system: You are a helpful assistant.
user:
Analyze the provided spectrum to determine if it is a **Carbon Star (C-type)**.

- **Key Visual Indicators of Carbon Star:**
    - **(Primary):** Strong molecular absorption from **C₂ (diatomic carbon) "Swan Bands."** This is the **defining feature** of a carbon star.
        - **(Key Bandheads):** Sharp absorption edges are visible at approximately $5635$ Å, $5165$ Å (the strongest band), and $4737$ Å.
        - **(Line Profile):** Creates a distinct **"saw-tooth"** pattern. The key morphology is a sharp, steep bandhead on the **red (long-wavelength) side**, which then gradually tapers off (i.e., flux recovers) towards the **blue (short-wavelength) side**. *(This is the direct opposite of the TiO bands seen in M-type stars)*.

    - **(Secondary):** Intense **CN (cyanogen)** molecular absorption bands.
        - **(Key Bandheads):** Located in the blue and violet regions of the spectrum (e.g., near $4215$ Å and $3883$ Å).
        - **(Morphology):** These bands are extremely broad and act as a "blanket," absorbing the vast majority of blue and violet light. This creates a characteristic **"cliff"** or **"steep drop-off"** in the spectrum's flux at short wavelengths.

    - **(Key Confirmation):** Strong **CH absorption band (G-band)**.
        - **(Key Bandhead):** Located around $4300$ Å. The contribution from CH molecules to this band is exceptionally strong.

    - **(Overall Spectrum):**
        - The continuum is severely "chopped up" by these deep molecular bands, especially C₂, rather than appearing as a smooth curve.
        - Due to the heavy CN and C₂ absorption in the blue-green, the vast majority of the star's flux is concentrated in the red part of the spectrum, giving the star its characteristic deep red color.

Think first, call **spectral_visualization_tool** if needed to examine features in detail, then provide your final answer. Your response must adhere to the following strict rules:
1.  **Overall Structure:** Your response must follow the format `<think>...</think> <tool_call>...</tool_call> (if a tool is used) <answer>...</answer>`.
2.  **Tool Usage Constraint:** You may only make **one** tool call per turn.
3.  **Final Answer Format:** In the `<answer>` tag, your conclusion must be inside a `\boxed{}` command (e.g., `\boxed{YES}`), followed by your justification.

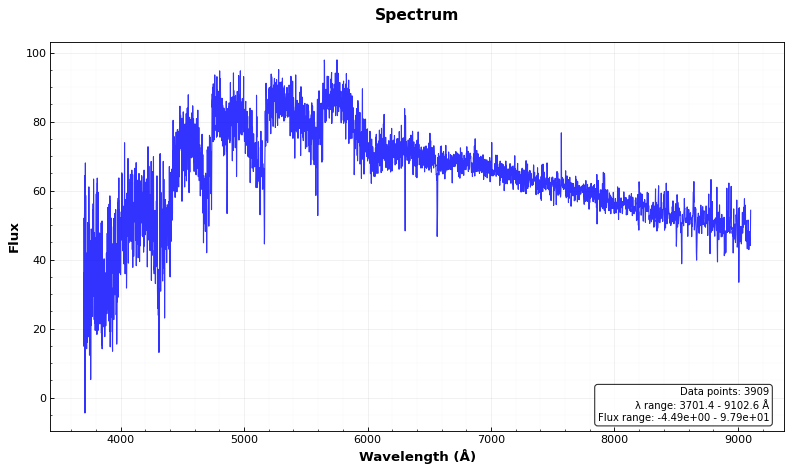
Answer: YES